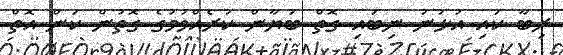
ރިބާ ކައި އުޅުނު ނިބައި ގޮތް ބަޔާން ކުރެއްވުމުގެ ގޮތުން ކަން އޮތް